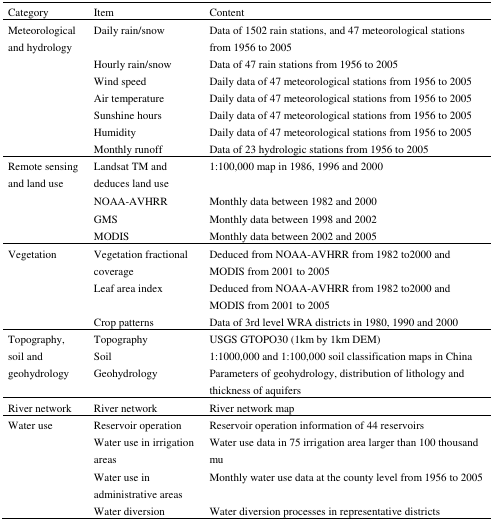
| Category | Item | Content |
 | --- | --- | --- |
 | Meteorological and hydrology | Daily rain/snow | Data of 1502 rain stations, and 47 meteorological stations from 1956 to 2005 |
 |  | Hourly rain/snow | Data of 47 rain stations from 1956 to 2005 |
 |  | Wind speed | Daily data of 47 meteorological stations from 1956 to 2005 |
 |  | Air temperature | Daily data of 47 meteorological stations from 1956 to 2005 |
 |  | Sunshine hours | Daily data of 47 meteorological stations from 1956 to 2005 |
 |  | Humidity | Daily data of 47 meteorological stations from 1956 to 2005 |
 |  | Monthly runoff | Data of 23 hydrologic stations from 1956 to 2005 |
 | Remote sensing and land use | Landsat TM and deduces land use | 1:100,000 map in 1986, 1996 and 2000 |
 |  | NOAA-AVHRR | Monthly data between 1982 and 2000 |
 |  | GMS | Monthly data between 1998 and 2002 |
 |  | MODIS | Monthly data between 2002 and 2005 |
 | Vegetation | Vegetation fractional coverage | Deduced from NOAA-AVHRR from 1982 to2000 and MODIS from 2001 to 2005 |
 |  | Leaf area index | Deduced from NOAA-AVHRR from 1982 to2000 and MODIS from 2001 to 2005 |
 |  | Crop patterns | Data of 3rd level WRA districts in 1980, 1990 and 2000 |
 | <ROWSPAN=3> Topography, soil and geohydrology | Topography | USGS GTOPO30 (1km by 1km DEM) |
 | Soil | 1:1000,000 and 1:100,000 soil classification maps in China |
 | Geohydrology | Parameters of geohydrology, distribution of lithology and thickness of aquifers |
 | River network | River network | River network map |
 | Water use | Reservoir operation | Reservoir operation information of 44 reservoirs |
 |  | Water use in irrigation areas | Water use data in 75 irrigation area larger than 100 thousand mu |
 |  | Water use in administrative areas | Monthly water use data at the county level from 1956 to 2005 |
 |  | Water diversion | Water diversion processes in representative districts |